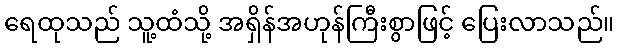
ရေထုသည် သူ့ထံသို့ အရှိန်အဟုန်ကြီးစွာဖြင့် ပြေးလာသည်။